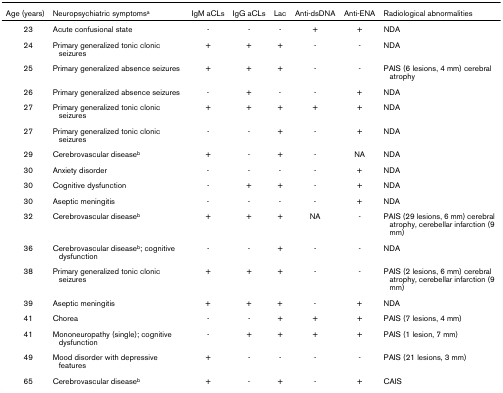
<table><thead><tr><td><b>Age (years)</b></td><td><b>Neuropsychiatric symptoms<sup>a</sup></b></td><td><b>IgM aCLs</b></td><td><b>IgG aCLs</b></td><td><b>Lac</b></td><td><b>Anti-dsDNA</b></td><td><b>Anti-ENA</b></td><td><b>Radiological abnormalities</b></td></tr></thead><tbody><tr><td>23</td><td>Acute confusional state</td><td>-</td><td>-</td><td>-</td><td>+</td><td>+</td><td>NDA</td></tr><tr><td>24</td><td>Primary generalized tonic clonic seizures</td><td>+</td><td>+</td><td>+</td><td>-</td><td>-</td><td>NDA</td></tr><tr><td>25</td><td>Primary generalized absence seizures</td><td>+</td><td>+</td><td>+</td><td>-</td><td>-</td><td>PAIS (6 lesions, 4 mm) cerebral atrophy</td></tr><tr><td>26</td><td>Primary generalized absence seizures</td><td>-</td><td>+</td><td>-</td><td>-</td><td>+</td><td>NDA</td></tr><tr><td>27</td><td>Primary generalized tonic clonic seizures</td><td>+</td><td>+</td><td>+</td><td>+</td><td>+</td><td>NDA</td></tr><tr><td>27</td><td>Primary generalized tonic clonic seizures</td><td>-</td><td>-</td><td>+</td><td>-</td><td>+</td><td>NDA</td></tr><tr><td>29</td><td>Cerebrovascular disease<sup>b</sup></td><td>+</td><td>-</td><td>+</td><td>-</td><td>NA</td><td>NDA</td></tr><tr><td>30</td><td>Anxiety disorder</td><td>-</td><td>-</td><td>-</td><td>-</td><td>+</td><td>NDA</td></tr><tr><td>30</td><td>Cognitive dysfunction</td><td>-</td><td>+</td><td>+</td><td>-</td><td>+</td><td>NDA</td></tr><tr><td>30</td><td>Aseptic meningitis</td><td>-</td><td>-</td><td>-</td><td>-</td><td>+</td><td>NDA</td></tr><tr><td>32</td><td>Cerebrovascular disease<sup>b</sup></td><td>+</td><td>+</td><td>+</td><td>NA</td><td>-</td><td>PAIS (29 lesions, 6 mm) cerebral atrophy, cerebellar infarction (9 mm)</td></tr><tr><td>36</td><td>Cerebrovascular disease<sup>b</sup>; cognitive dysfunction</td><td>-</td><td>-</td><td>+</td><td>-</td><td>-</td><td>NDA</td></tr><tr><td>38</td><td>Primary generalized tonic clonic seizures</td><td>+</td><td>+</td><td>+</td><td>-</td><td>-</td><td>PAIS (2 lesions, 6 mm) cerebral atrophy, cerebellar infarction (9 mm)</td></tr><tr><td>39</td><td>Aseptic meningitis</td><td>+</td><td>+</td><td>+</td><td>-</td><td>+</td><td>NDA</td></tr><tr><td>41</td><td>Chorea</td><td>-</td><td>-</td><td>+</td><td>+</td><td>+</td><td>PAIS (7 lesions, 4 mm)</td></tr><tr><td>41</td><td>Mononeuropathy (single); cognitive dysfunction</td><td>-</td><td>+</td><td>+</td><td>+</td><td>+</td><td>PAIS (1 lesion, 7 mm)</td></tr><tr><td>49</td><td>Mood disorder with depressive features</td><td>+</td><td>-</td><td>-</td><td>-</td><td>-</td><td>PAIS (21 lesions, 3 mm)</td></tr><tr><td>65</td><td>Cerebrovascular disease<sup>b</sup></td><td>+</td><td>-</td><td>+</td><td>-</td><td>+</td><td>CAIS</td></tr></tbody></table>